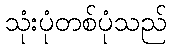
သုံးပုံတစ်ပုံသည်